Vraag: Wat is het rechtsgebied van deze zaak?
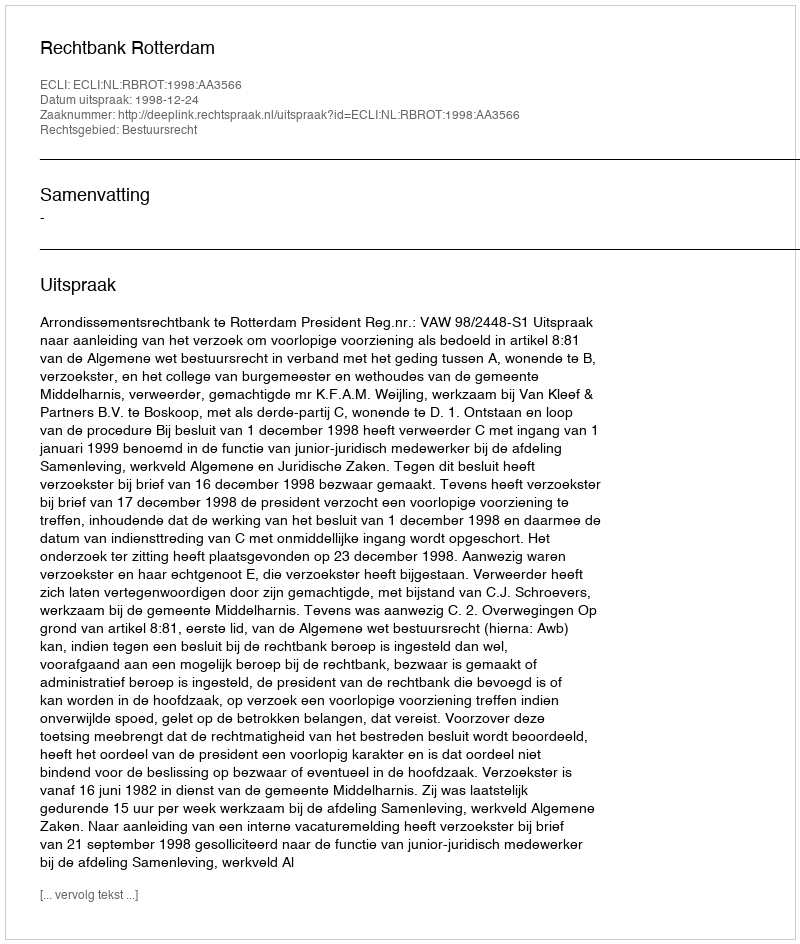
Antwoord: Bestuursrecht